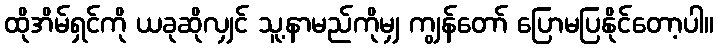
ထိုအိမ်ရှင်ကို ယခုဆိုလျှင် သူ့နာမည်ကိုမျှ ကျွန်တော် ပြောမပြနိုင်တော့ပါ။